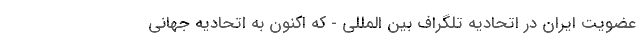
عضویت ایران در اتحادیه تلگراف بین المللی - که اکنون به اتحادیه جهانی